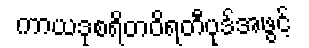
ကာယဒုစရိတဝိရတီပုဒ်အဖွင့်